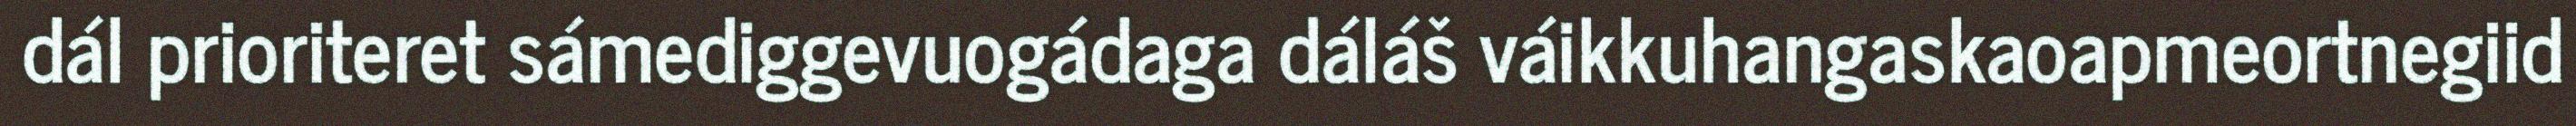
dál prioriteret sámediggevuogádaga dáláš váikkuhangaskaoapmeortnegiid